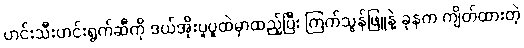
ဟင်းသီးဟင်းရွက်ဆီကို ဒယ်အိုးပူပူထဲမှာထည့်ပြီး ကြက်သွန်ဖြူနဲ့ ခုနက ကျိတ်ထားတဲ့